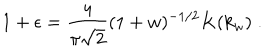
LaTeX: 1 + \epsilon = \frac { 4 } { \pi \sqrt { 2 } } ( 1 + w ) ^ { - 1 / 2 } K ( k _ { w } ) \; .